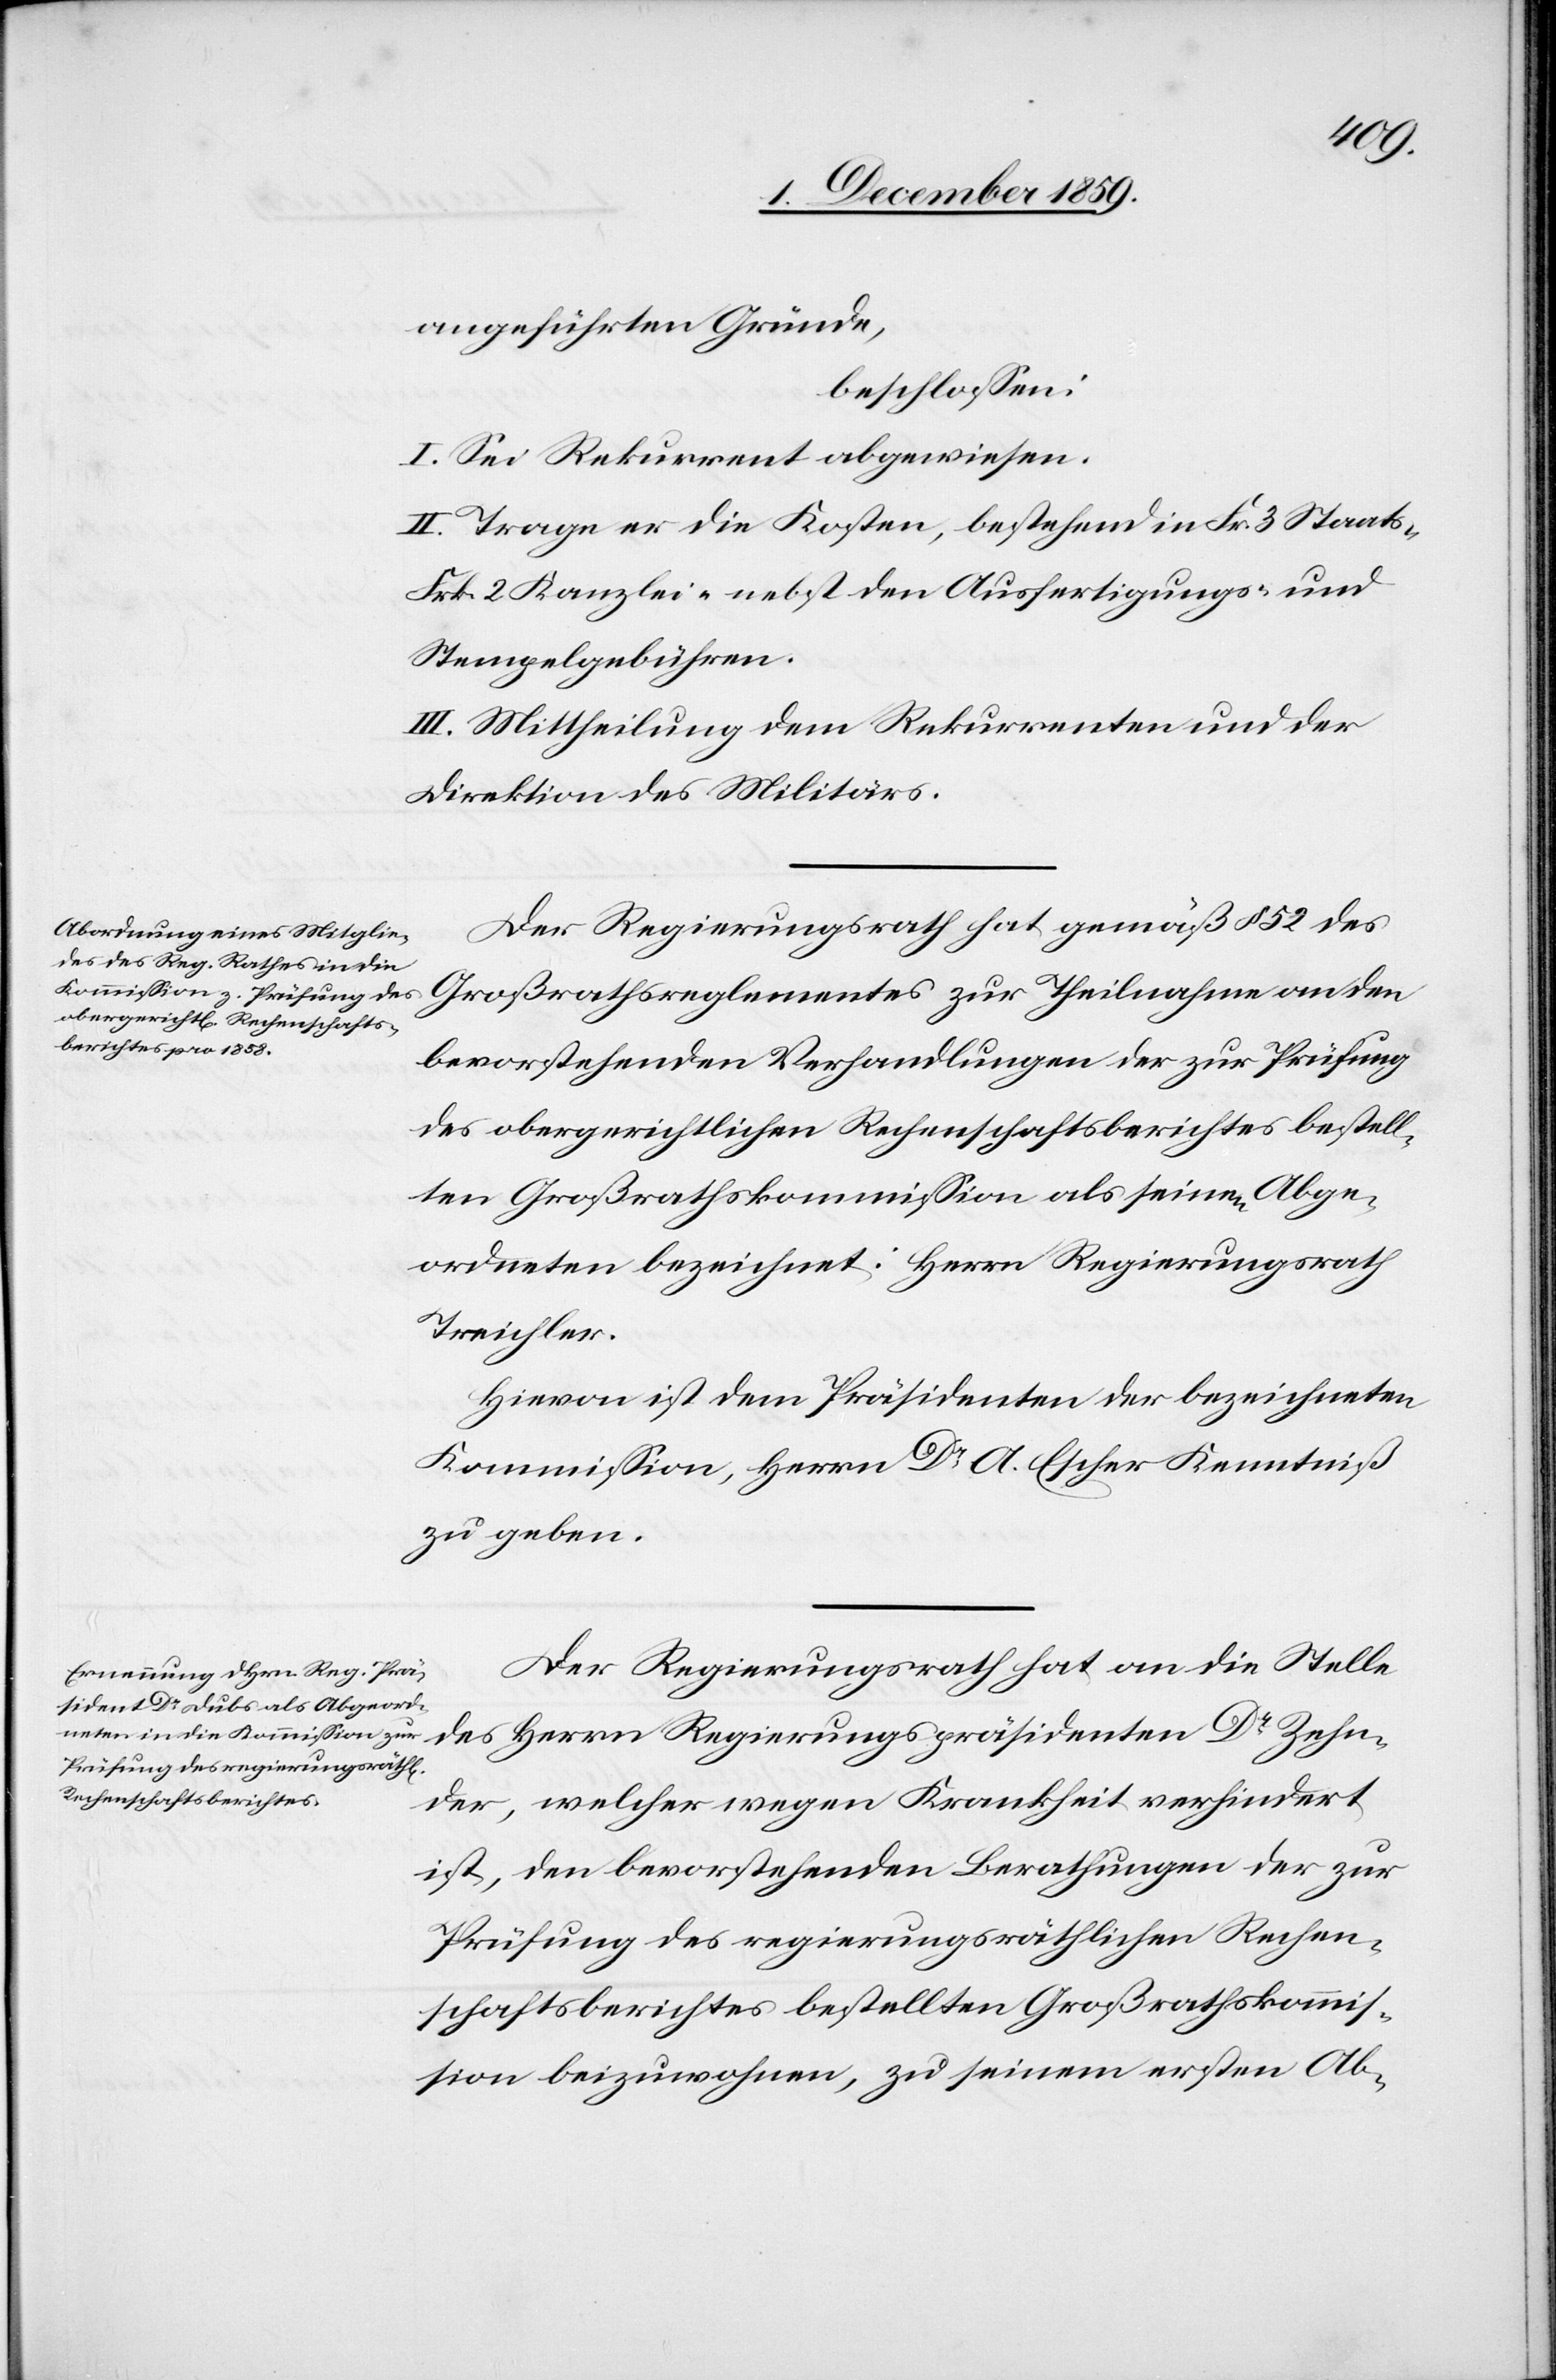
angeführten Gründe,
beschlossen:
I. Sei der Rekurrent abgewiesen.
II. Trage er die Kosten, bestehend in Frk. 3 Staats-[,]
Frk. 2 Kanzlei- nebst den Ausfertigungs- und
Stempelgebühren.
III. Mittheilung dem Rekurrenten und der
Direktion des Militärs.
Der Regierungsrath hat gemäß § 52 des
Großrathsreglements zur Theilnahme an den
bevorstehenden Verhandlungen der zur Prüfung
des obergerichtlichen Rechenschaftsberichtes bestell¬
ten Großrathskommission als seinen Abge¬
ordneten bezeichnet: Herrn Regierungsrath
Treichler.
Hievon ist dem Präsidenten der bezeichneten
Kommission, Herrn Dr A. Escher Kenntniß
zu geben.
Der Regierungsrath hat an die Stelle
des Herrn Regierungspräsidenten Dr Zehn¬
der, welcher wegen Krankheit verhindert
ist, den bevorstehenden Berathungen der zur
Prüfung des regierungsräthlichen Rechen¬
schaftsberichtes bestellten Großrathskommis¬
sion beizuwohnen, zu seinem ersten Ab-